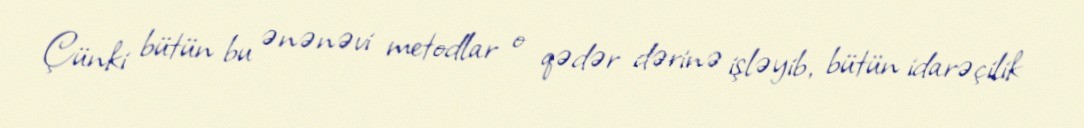
Çünki bütün bu ənənəvi metodlar o qədər dərinə işləyib, bütün idarəçilik